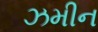
ઝમીન